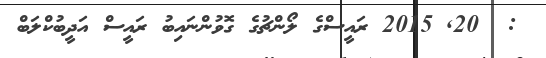
:  20